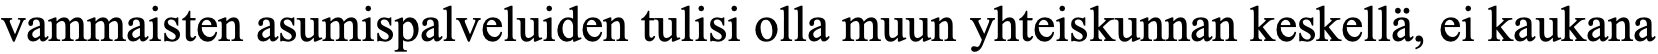
vammaisten asumispalveluiden tulisi olla muun yhteiskunnan keskellä, ei kaukana